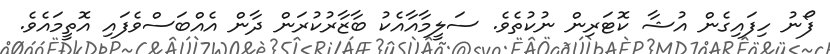
ފޯނު ހިފައިގެން އުޝާ ކޮޓަރިން ނުކުތެވެ. ސަލީމާއާއެކު ބާޒާރުކުރަން ދާން އެއްބަސްވެފައި އޮތީމައެވެ.